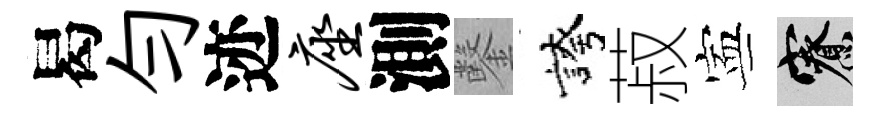
曷勻迹座測鑿誇菽寕寮